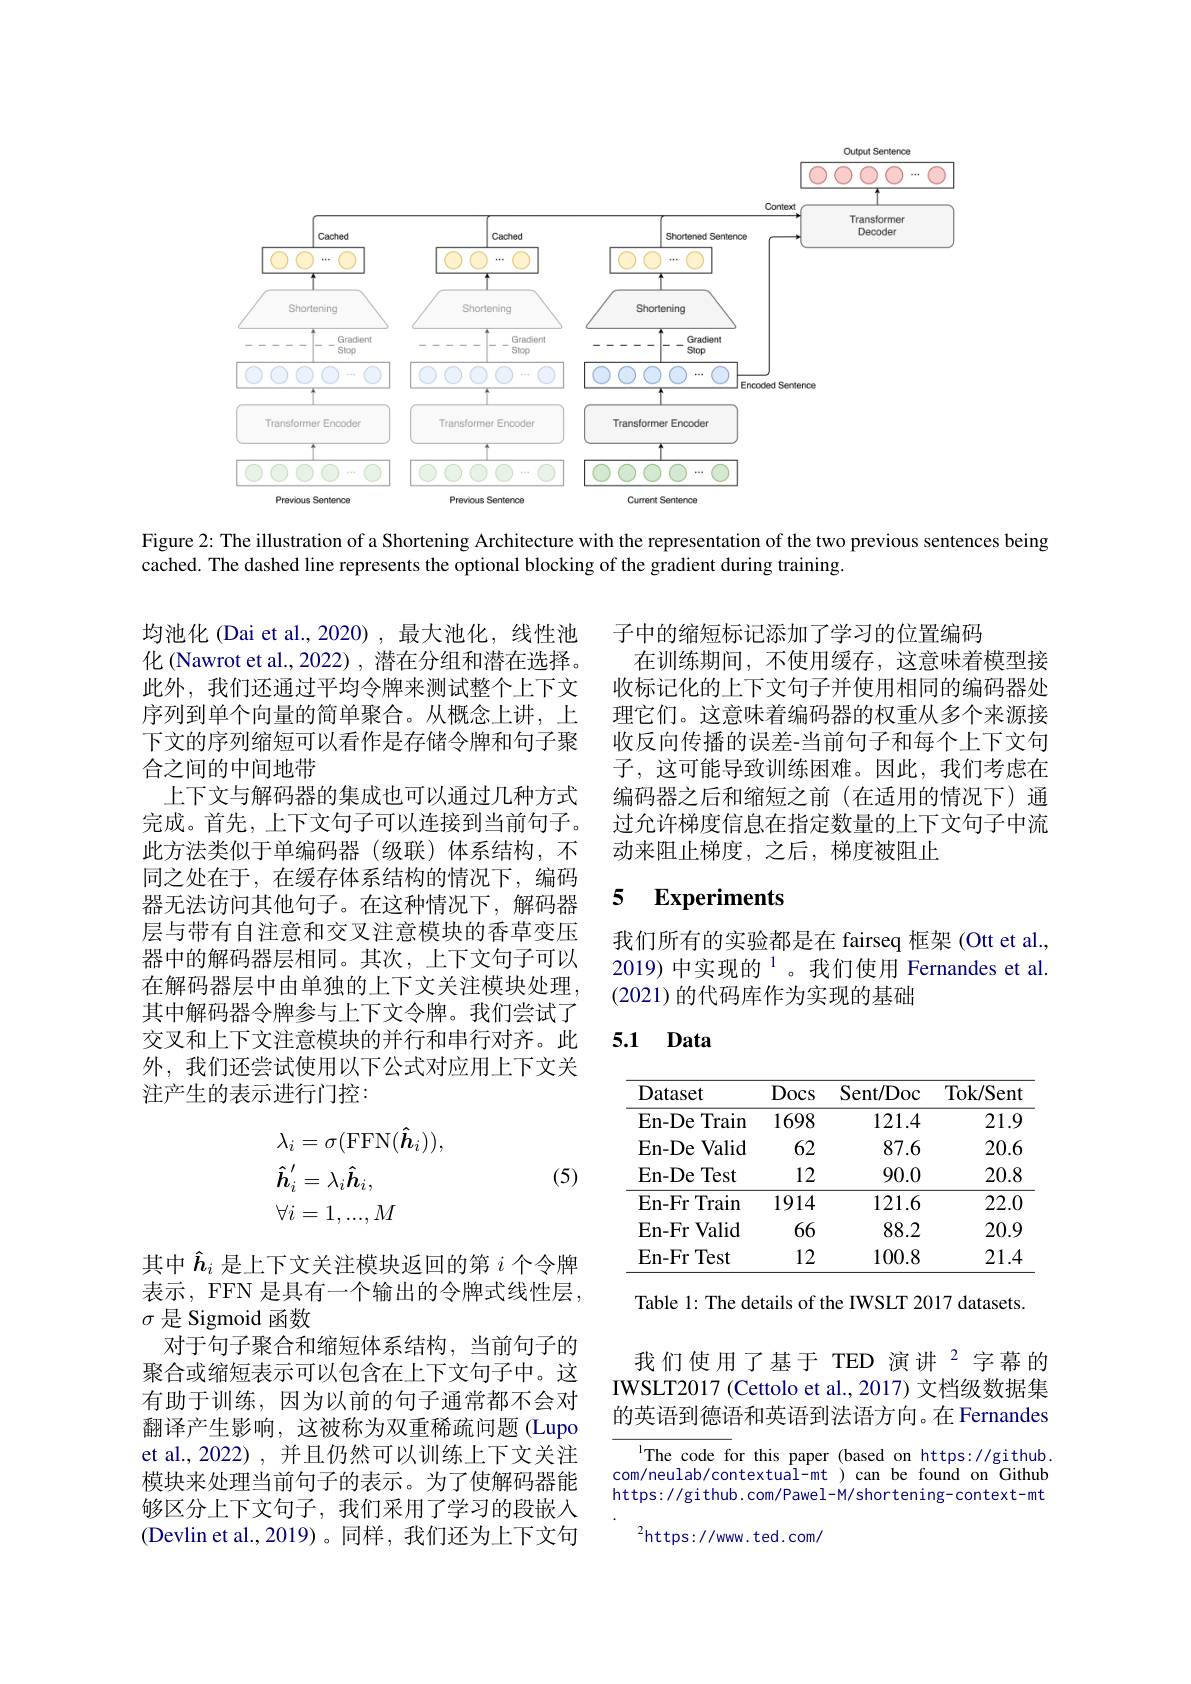
Output Sentence

$\boxed{00000\cdots0}$
<FigureHere>

Figure 2: The illustration of a Shortening Architecture with the representation of the two previous sentences being
cached. The dashed line represents the optional blocking of the gradient during training.

子中的缩短标记添加了学习的位置编码
在训练期间，不使用缓存，这意味着模型接收标记化的上下文句子并使用相同的编码器处理它们。这意味着编码器的权重从多个来源接收反向传播的误差-当前句子和每个上下文句子，这可能导致训练困难。因此，我们考虑在编码器之后和缩短之前(在适用的情况下)通过允许梯度信息在指定数量的上下文句子中流动来阻止梯度，之后，梯度被阻止

均池化 (Dai et al.,2020),最大池化，线性池化 (Nawrot et al., 2022) , 潜在分组和潜在选择。此外，我们还通过平均令牌来测试整个上下文序列到单个向量的简单聚合。从概念上讲，上下文的序列缩短可以看作是存储令牌和句子聚合之间的中间地带
上下文与解码器的集成也可以通过几种方式完成。首先，上下文句子可以连接到当前句子。此方法类似于单编码器(级联)体系结构，不同之处在于，在缓存体系结构的情况下，编码器无法访问其他句子。在这种情况下，解码器层与带有自注意和交叉注意模块的香草变压器中的解码器层相同。其次，上下文句子可以在解码器层中由单独的上下文关注模块处理， 其中解码器令牌参与上下文令牌。我们尝试了交叉和上下文注意模块的并行和串行对齐。此外，我们还尝试使用以下公式对应用上下文关注产生的表示进行门控：

# 5 Experiments

我们所有的实验都是在 fairseq 框架 (Ott et al., 2019) 中实现的$^{1}$。我们使用 Fernandes et al. (2021)的代码库作为实现的基础

## 5.1 Data

<table>
	<tbody>
		<tr>
			<th>Dataset</th>
			<th>Docs</th>
			<th>Sent/ Doc</th>
			<th>Tok/Sent</th>
		</tr>
		<tr>
			<td>En- De Train</td>
			<td>1698</td>
			<td>121.4</td>
			<td>21.9</td>
		</tr>
		<tr>
			<td>En- De ;Valid 1</td>
			<td>62</td>
			<td>87.6</td>
			<td>20.6</td>
		</tr>
		<tr>
			<td>En- De Test</td>
			<td>12</td>
			<td>90.0</td>
			<td>20.8</td>
		</tr>
		<tr>
			<td>$\mathbf{En-Fr}$ Train</td>
			<td>1914</td>
			<td>121.6</td>
			<td>22.0</td>
		</tr>
		<tr>
			<td>En- Fr Valid</td>
			<td>66</td>
			<td>88.2</td>
			<td>20.9</td>
		</tr>
		<tr>
			<td>Test $\mathbf{En-Fr}$</td>
			<td>12</td>
			<td>100.8</td>
			<td>21.4</td>
		</tr>
	</tbody>
</table>
$$\begin{aligned}&\lambda_{i}=\sigma(\mathrm{FFN}(\boldsymbol{\hat{h}}_{i})),\\&\hat{\boldsymbol{h}}_{i}^{\prime}=\lambda_{i}\hat{\boldsymbol{h}}_{i},\\&\forall i=1,...,M\end{aligned}$$
(5)

Table 1: The details of the IWSLT 2017 datasets.

我们使用了基于 TED 演讲$^{2}$字幕的IWSLT2017 (Cettolo et al., 2017) 文档级数据集的英语到德语和英语到法语方向。在 Fernandes

其中$\hat{h}_i$是上下文关注模块返回的第$i$个令牌表示，FFN 是具有一个输出的令牌式线性层， $\sigma$是 Sigmoid 函数
对于句子聚合和缩短体系结构，当前句子的聚合或缩短表示可以包含在上下文句子中。这有助于训练，因为以前的句子通常都不会对翻译产生影响，这被称为双重稀疏问题(Lupo et al., 2022) , 并且仍然可以训练上下文关注模块来处理当前句子的表示。为了使解码器能够区分上下文句子，我们采用了学习的段嵌入(Devlin et al.,2019)。同样，我们还为上下文句

$^{\mathrm{l}}$The code for this paper (based on https://github. com/neulab/contextual-mt ) can be found on Github https://github.com/Pawel-M/shortening-context-mt
$^{2}$https://www.ted.com/